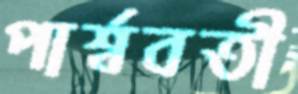
পার্শ্ববতী